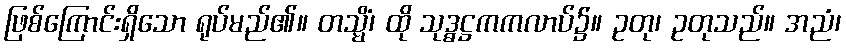
ဖြစ်ကြောင်းရှိသော ရုပ်မည်၏။ တသ္မိံ၊ ထို သုဒ္ဓဋ္ဌကကလာပ်၌။ ဥတု၊ ဥတုသည်။ အညံ၊